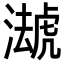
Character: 𧇦